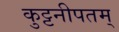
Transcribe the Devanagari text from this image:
कुट्टनीपतम्